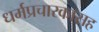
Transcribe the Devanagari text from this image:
धर्मप्रचारकासह